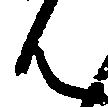
ん